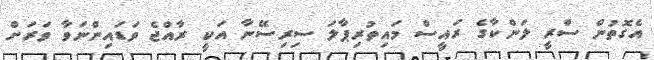
އެގޮތުން ސްރީ ލަންކާގެ ރައީސް މައިތުރިޕާލަ ސިރިސޭނާ އަކީ ރާއްޖެ ވަޑައިންނަވާ ވަރަށް